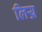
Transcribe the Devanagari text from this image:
लिय्र